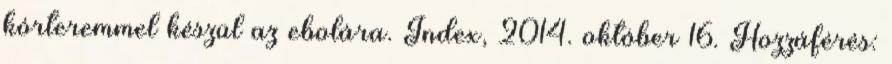
kórteremmel készül az ebolára. Index, 2014. október 16. Hozzáférés: